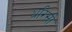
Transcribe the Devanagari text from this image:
धरिसी